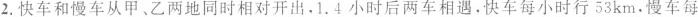
2.快车和慢车从甲、乙两地同时相对开出。1.4小时后两车相遇，快车每小时行53km。慢车每